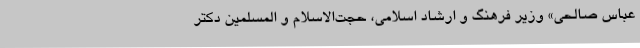
عباس صالحی» وزیر فرهنگ و ارشاد اسلامی، حجت‌الاسلام و المسلمین دکتر